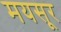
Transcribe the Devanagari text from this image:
मयसूर